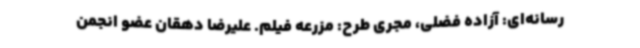
رسانه‌ای: آزاده فضلی، مجری طرح: مزرعه فیلم. علیرضا دهقان عضو انجمن